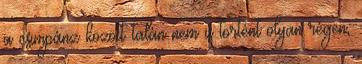
a csimpánz között talán nem is történt olyan régen,